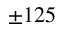
\pm 1 2 5